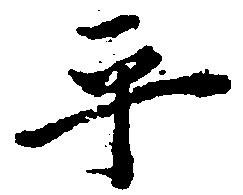
平